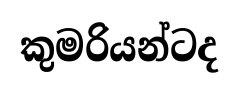
කුමරියන්ටද